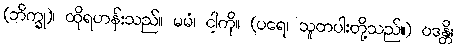
(ဘိက္ခု)၊ ထိုရဟန်းသည်။ မမံ၊ ငါ့ကို။ (ပရေ၊ သူတပါးတို့သည်။) ဝဒန္တိ၊